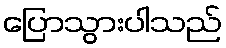
ပြောသွားပါသည်